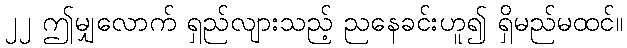
၂၂ ဤမျှလောက် ရှည်လျားသည့် ညနေခင်းဟူ၍ ရှိမည်မထင်။